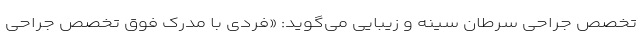
تخصص جراحی سرطان سینه و زیبایی می‌گوید: «فردی با مدرک فوق‌ تخصص جراحی